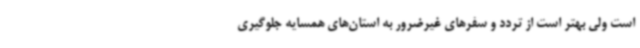
است ولی بهتر است از تردد و سفرهای غیرضرور به استان‌های همسایه جلوگیری